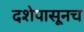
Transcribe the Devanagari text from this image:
दशेपासूनच